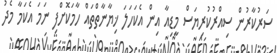
ސަރުކާރުން ސިއްރުކުރިޔަސް މީޑިއާ އިން އެކަހަލަ ޚިޔާނާތްތައް ހާމަކޮށްފި ނަމަ އެކަމާ މެދު